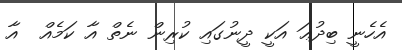
އެހެނީ ބިދުޢަ އަކީ ދީނުގައި ކުރިން ނެތް އާ ކަމެއް  އާ